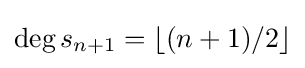
\deg s_{n+1}=\lfloor (n+1)/2\rfloor